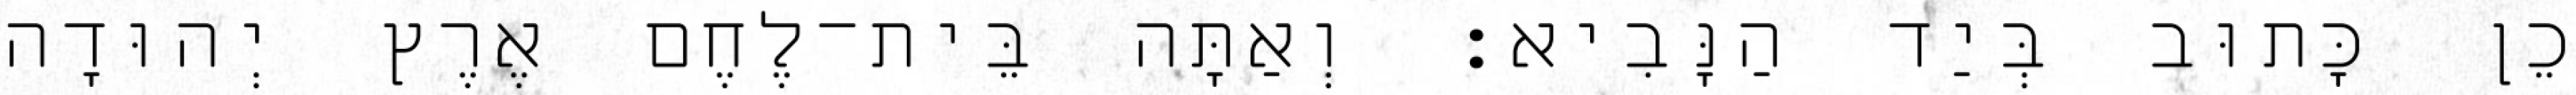
כֵן כָּתוּב בְּיַד הַנָּבִיא׃ וְאַתָּה בֵּית־לֶחֶם אֶרֶץ יְהוּדָה